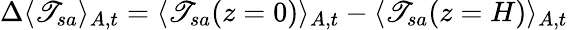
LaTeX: \Delta\langle\mathscr{T}_{sa}\rangle_{A,t}=\langle\mathscr{T}_{sa}(z=0)\rangle_{A,t}-\langle\mathscr{T}_{sa}(z=H)\rangle_{A,t}